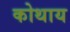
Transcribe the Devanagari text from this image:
कोथाय